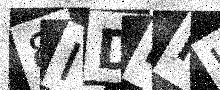
Text: 8IDLNH